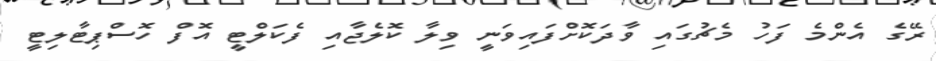
ރޭގެ އެންމެ ފަހު މެޗުގައި ވާދަކޮށްފައިވަނީ ވިލާ ކޮލެޖާއި ފެކަލްޓީ އޮފް ހޮސްޕިޓާލިޓީ